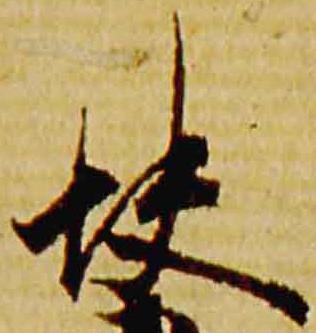
快